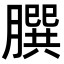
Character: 𦠆